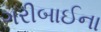
ગરીબાઈના